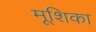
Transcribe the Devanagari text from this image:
मूशिका